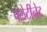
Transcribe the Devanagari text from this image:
पेलेटीनेट